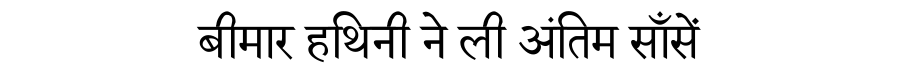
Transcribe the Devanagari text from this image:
बीमार हथिनी ने ली अंतिम साँसें